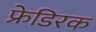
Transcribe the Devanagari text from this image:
फ्रेडिरक